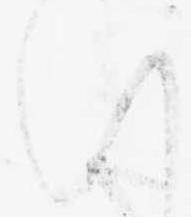
い